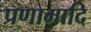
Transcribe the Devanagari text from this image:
प्रणामादि